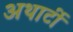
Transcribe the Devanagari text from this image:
अथार्टी